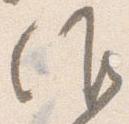
候